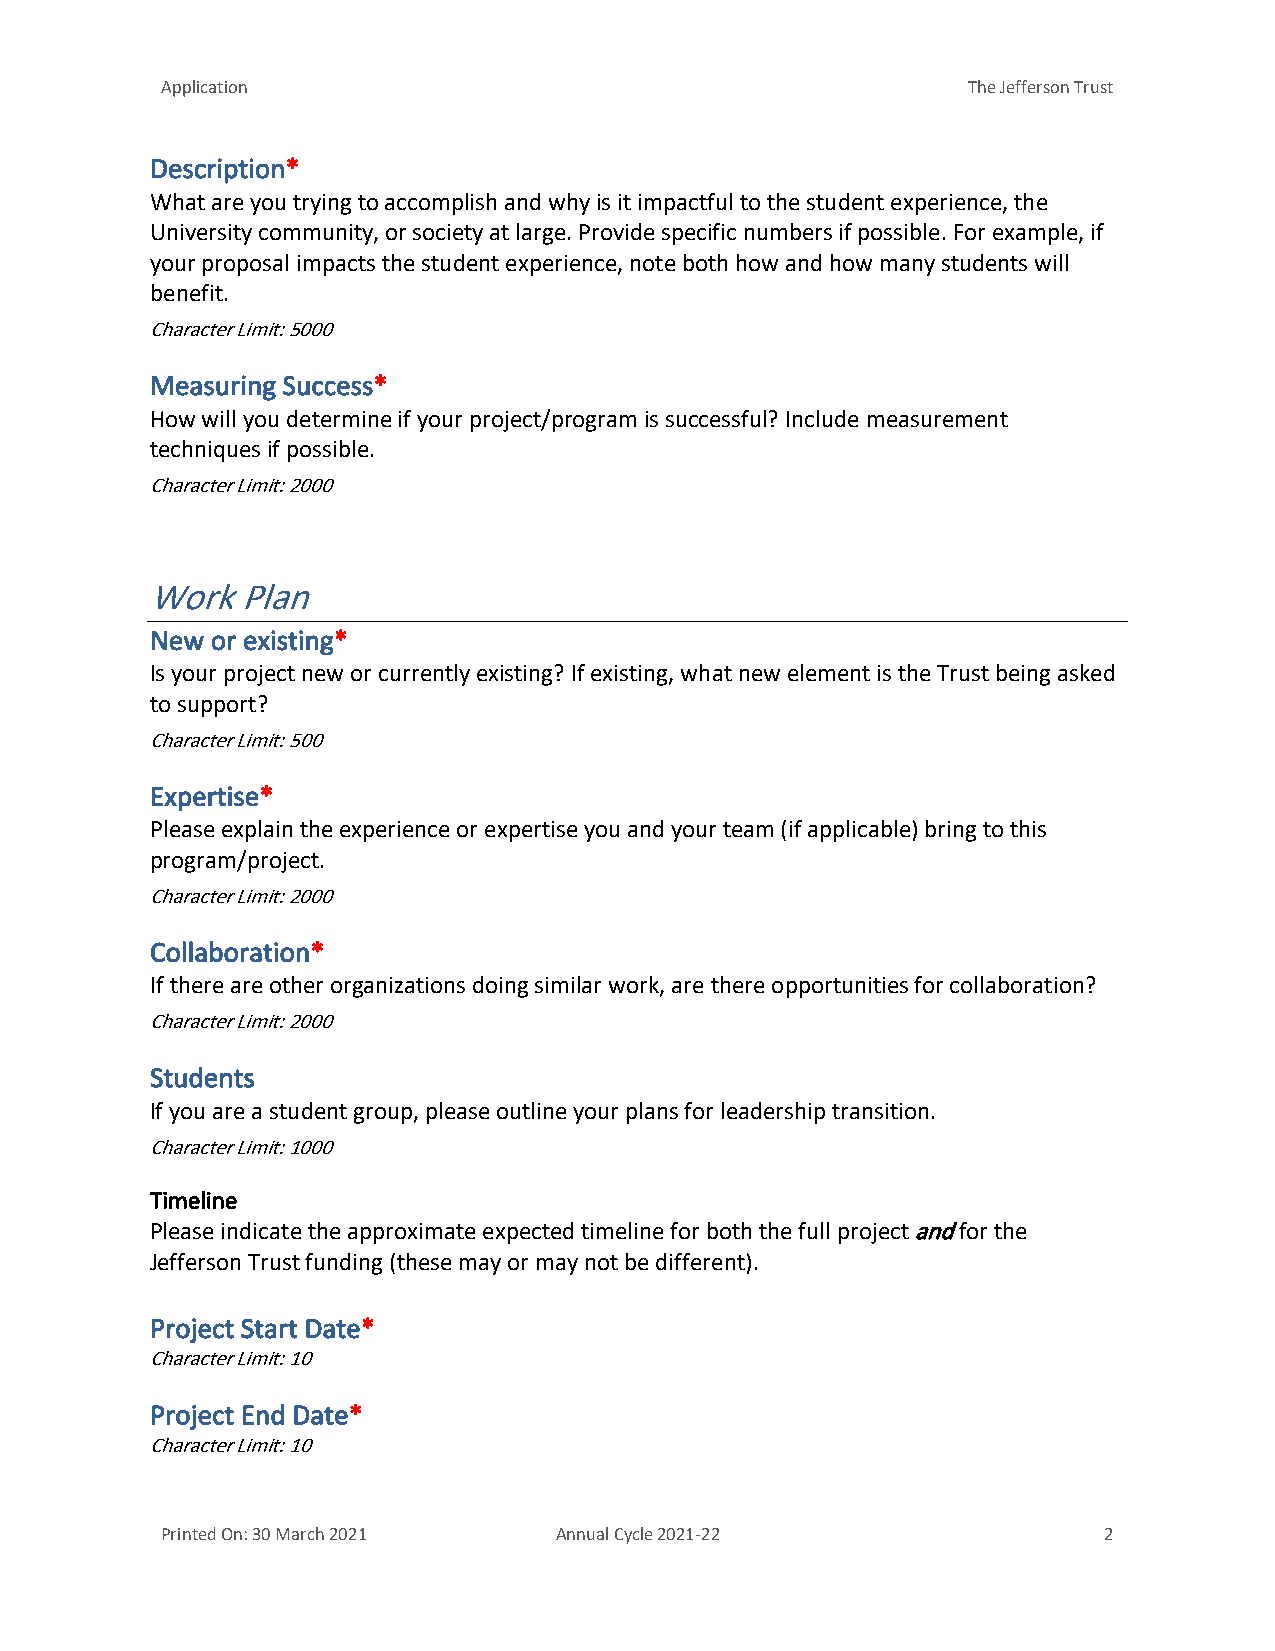
Application                                          The Jefferson Trust
 Description*
 What are you trying to accomplish and why is it impactful to the student experience, the
 University community, or society at large. Provide specific numbers if possible. For example, if
 your proposal impacts the student experience, note both how and how many students will
 benefit.
 Character Limit: 5000
 Measuring Success*
 How will you determine if your project/program is successful? Include measurement
 techniques if possible.
 Character Limit: 2000
 Work  Plan
 New or existing*
 Is your project new or currently existing? If existing, what new element is the Trust being asked
 to support?
 Character Limit: 500
 Expertise*
 Please explain the experience or expertise you and your team (if applicable) bring to this
 program/project.
 Character Limit: 2000
 Collaboration*
 If there are other organizations doing similar work, are there opportunities for collaboration?
 Character Limit: 2000
 Students
 If you are a student group, please outline your plans for leadership transition.
 Character Limit: 1000
 Timeline
 Please indicate the approximate expected timeline for both the full project and for the
 Jefferson Trust funding (these may or may not be different).
 Project Start Date*
 Character Limit: 10
 Project End Date*
 Character Limit: 10
 Printed On: 30 March 2021 Annual Cycle 2021-22                2